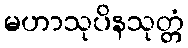
မဟာသုပိနသုတ္တံ